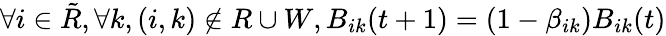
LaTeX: \forall i\in\tilde{R},\forall k,(i,k)\notin R\cup W,B_{ik}(t+1)=(1-\beta_{ik})B_{ik}(t)